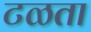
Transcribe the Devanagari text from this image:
टळता